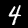
Label: 4